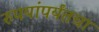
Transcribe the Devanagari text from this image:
रुपयांपर्यंतचा